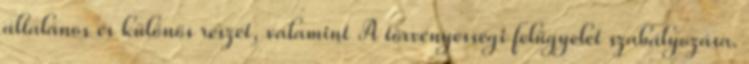
általános és különös részét, valamint A törvényességi felügyelet szabályozása.